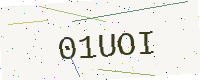
Text: 01UOI